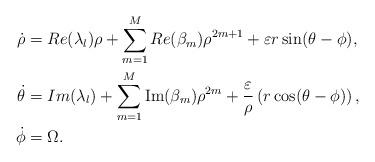
LaTeX: \begin{align*}\dot{\rho}&=Re(\lambda_l)\rho+\sum_{m=1}^M Re(\beta_m)\rho^{2m+1}+\varepsilon r \sin(\theta-\phi),\\\dot{\theta}&=Im(\lambda_l)+\sum_{m=1}^M \mbox{Im}(\beta_m)\rho^{2m}+\frac{\varepsilon}{\rho} \left( r\cos(\theta-\phi)\right),\\\dot{\phi}&=\Omega.\end{align*}